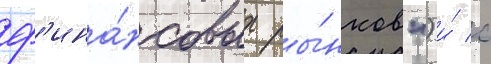
ф'ина́нсовых ры́нков") и́ с